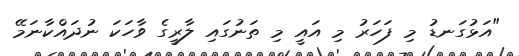
"އަޅުގަނޑު މި ފަހަރު މި އައީ މި ތަނުގައި ލާރީގެ ވާހަކަ ނުދައްކާނަމޭ